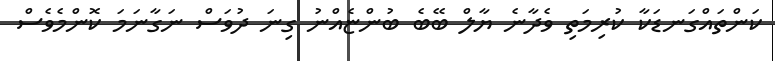
ކަންތައްގަނޑަކާ ކުރިމަތި ވެދާނެ ޔާލް ބޭބެ ބުންޏެއްނު ގިނަ ދުވަސް ނަގާނަމަ ކޮންމެވެސް